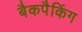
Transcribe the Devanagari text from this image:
बैकपैकिंग